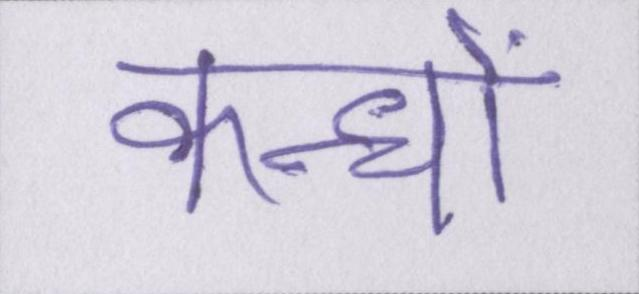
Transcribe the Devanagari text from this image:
कन्धों